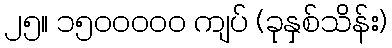
၂၅။ ၁၅၀၀၀၀၀ ကျပ် (ခုနှစ်သိန်း)